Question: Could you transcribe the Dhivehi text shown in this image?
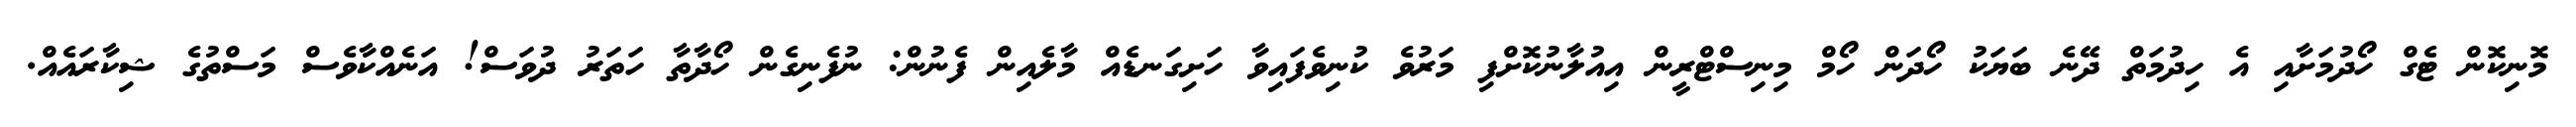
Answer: މޮނިކޮން ޓެގް ހޯދުމަށާއި އެ ހިދުމަތް ދޭނެ ބަޔަކު ހޯދަން ހޯމް މިނިސްޓްރީން އިއުލާނުކޮށްފި މަރުވެ ކުނިވެފައިވާ ހަށިގަނޑެއް މާލެއިން ފެނުން: ނުފެނިގެން ހޯދާތާ ހަތަރު ދުވަސް! އަނެއްކާވެސް މަސްތުގެ ޝިކާރައެއް.